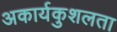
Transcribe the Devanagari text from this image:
अकार्यकुशलता